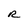
Character: R